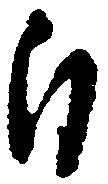
自